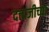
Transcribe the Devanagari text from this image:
दत्ताजीच्या